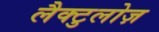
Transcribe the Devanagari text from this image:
लैक्टुलोज़